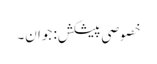
خصوصی پیشکش: جوان۔